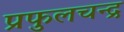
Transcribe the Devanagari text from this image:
प्रफुलचन्द्र